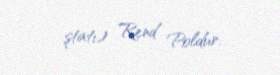
ştatı) Rend Poldur.